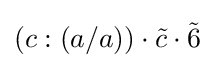
(c:(a/a))\cdot {\tilde {c}}\cdot {\tilde {6}}